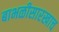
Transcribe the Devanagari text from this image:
बाभळीसारखाच